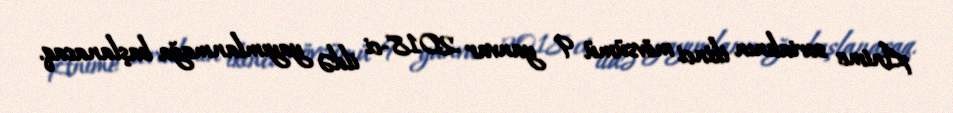
Anime serialının ikinci mövsümü 9 yanvar 2018-ci ildə yayımlanmağa başlanacaq.